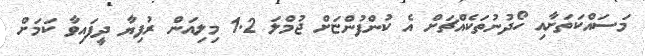
މަސައްކަތަށާއި ހޯދުނުތަކެއްޗަށް އެ ކުންފުންޏަށް ޖުމްލަ 1.2 މިލިއަން ރުފިޔާ ދީފައިވާ ކަމަށް